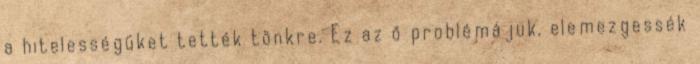
a hitelességüket tették tönkre. Ez az ő problémájuk, elemezgessék